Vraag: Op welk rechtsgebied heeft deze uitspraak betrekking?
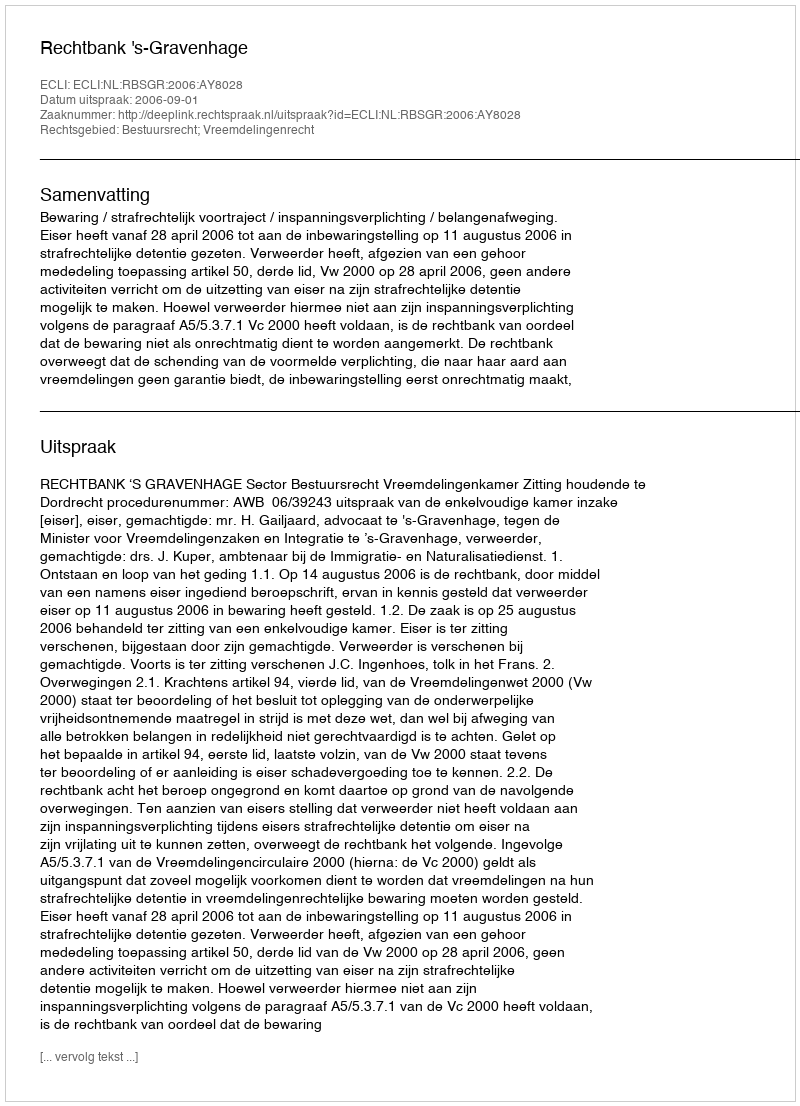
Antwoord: Bestuursrecht; Vreemdelingenrecht